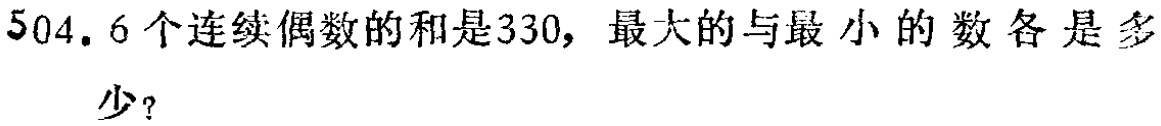
504. 6个连续偶数的和是330，最大的与最小的数各是多少？